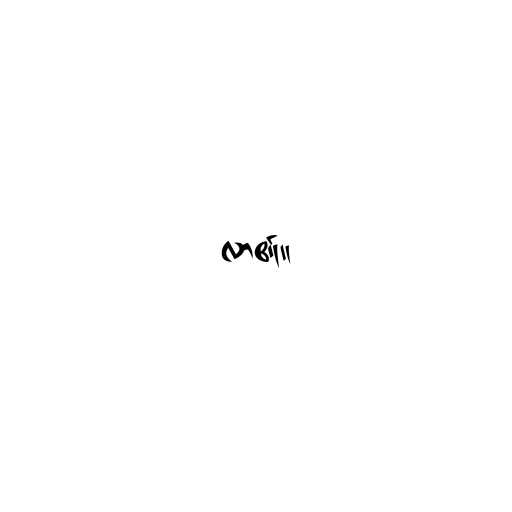
လာ၏။